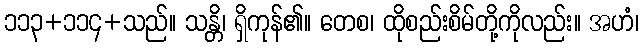
၁၁၃+၁၁၄+သည်။ သန္တိ၊ ရှိကုန်၏။ တေစ၊ ထိုစည်းစိမ်တို့ကိုလည်း။ အဟံ၊